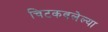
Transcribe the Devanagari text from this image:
चिटकवलेल्या